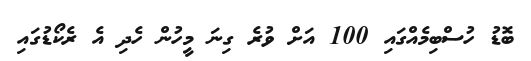
ބޮޑު ހުސްބިމެއްގައި 100 އަށް ވުރެ ގިނަ މީހުން ހެދި އެ ރެކޯޑުގައި